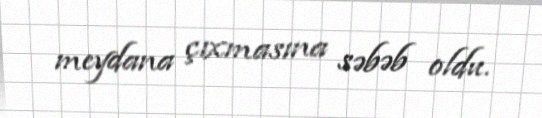
meydana çıxmasına səbəb oldu.